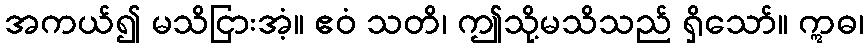
အကယ်၍ မသိငြားအံ့။ ဧဝံ သတိ၊ ဤသို့မသိသည် ရှိသော်။ ဣဓ၊